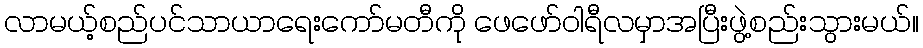
လာမယ့်စည်ပင်သာယာရေးကော်မတီကို ဖေဖော်ဝါရီလမှာအပြီးဖွဲ့စည်းသွားမယ်။